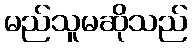
မည်သူမဆိုသည်